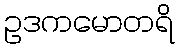
ဥဒကမောတရိ